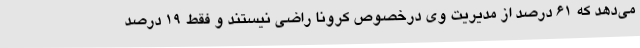
می‌دهد که 61 درصد از مدیریت وی درخصوص کرونا راضی نیستند و فقط 19 درصد